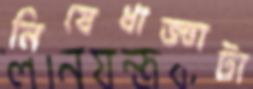
নিষেধাজ্ঞাটা